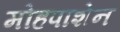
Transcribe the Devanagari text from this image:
मोहपाशेन